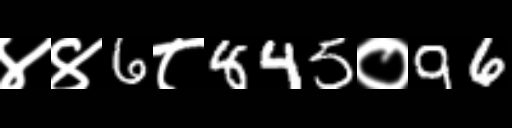
Text: ४४6८845०96